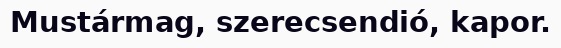
Mustármag, szerecsendió, kapor.